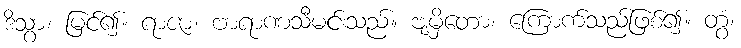
ဒိသွာ၊ မြင်၍။ ရာဇာ၊ ဗာရာဏသီမင်းသည်။ ဗျမှိတော၊ ကြောက်သည်ဖြစ်၍။ တွံ၊